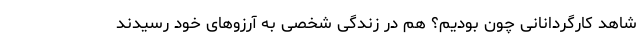
شاهد کارگردانانی چون بودیم؟ هم در زندگی شخصی به آرزوهای خود رسیدند